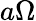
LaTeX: a\Omega